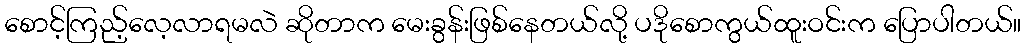
စောင့်ကြည့်လေ့လာရမလဲ ဆိုတာက မေးခွန်းဖြစ်နေတယ်လို့ ပဒိုစောကွယ်ထူးဝင်းက ပြောပါတယ်။